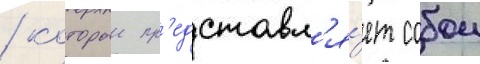
/ которыи пр'едставл'я́ет собои